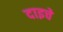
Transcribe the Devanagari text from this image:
दाइचे